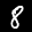
Label: 8